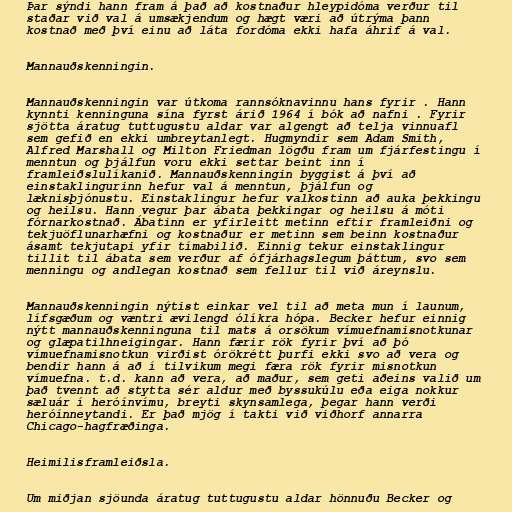
Þar sýndi hann fram á það að kostnaður hleypidóma verður til
staðar við val á umsækjendum og hægt væri að útrýma þann
kostnað með því einu að láta fordóma ekki hafa áhrif á val.

Mannauðskenningin.

Mannauðskenningin var útkoma rannsóknavinnu hans fyrir . Hann
kynnti kenninguna sína fyrst árið 1964 í bók að nafni . Fyrir
sjötta áratug tuttugustu aldar var algengt að telja vinnuafl
sem gefið en ekki umbreytanlegt. Hugmyndir sem Adam Smith,
Alfred Marshall og Milton Friedman lögðu fram um fjárfestingu í
menntun og þjálfun voru ekki settar beint inn í
framleiðslulíkanið. Mannauðskenningin byggist á því að
einstaklingurinn hefur val á menntun, þjálfun og
læknisþjónustu. Einstaklingur hefur valkostinn að auka þekkingu
og heilsu. Hann vegur þar ábata þekkingar og heilsu á móti
fórnarkostnað. Ábatinn er yfirleitt metinn eftir framleiðni og
tekjuöflunarhæfni og kostnaður er metinn sem beinn kostnaður
ásamt tekjutapi yfir tímabilið. Einnig tekur einstaklingur
tillit til ábata sem verður af ófjárhagslegum þáttum, svo sem
menningu og andlegan kostnað sem fellur til við áreynslu.

Mannauðskenningin nýtist einkar vel til að meta mun í launum,
lífsgæðum og væntri ævilengd ólíkra hópa. Becker hefur einnig
nýtt mannauðskenninguna til mats á orsökum vímuefnamisnotkunar
og glæpatilhneigingar. Hann færir rök fyrir því að þó
vímuefnamisnotkun virðist órökrétt þurfi ekki svo að vera og
bendir hann á að í tilvikum megi færa rök fyrir misnotkun
vímuefna. t.d. kann að vera, að maður, sem geti aðeins valið um
það tvennt að stytta sér aldur með byssukúlu eða eiga nokkur
sæluár í heróínvímu, breyti skynsamlega, þegar hann verði
heróínneytandi. Er það mjög í takti við viðhorf annarra
Chicago-hagfræðinga.

Heimilisframleiðsla.

Um miðjan sjöunda áratug tuttugustu aldar hönnuðu Becker og